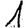
Digit: 1